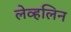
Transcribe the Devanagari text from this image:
लेव्हलिन